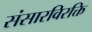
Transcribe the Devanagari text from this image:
संसारविरक्ति